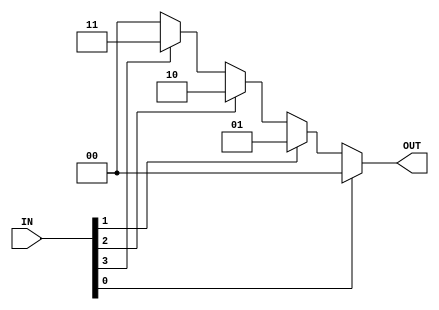
module encoder_2pNxN #( parameter N = 2 )   (
                                                input [(2**N)-1:0] IN,
                                                output reg [N-1:0] OUT
                                            );

    integer i = 0;

    always@(*)
    begin
        OUT = 0;

        for( i = (2**N)-1; i >= 0; i = i - 1 )
        begin
            if( IN[i] == 1'b1 )
            begin
                OUT = i;
            end
        end
    end

endmodule